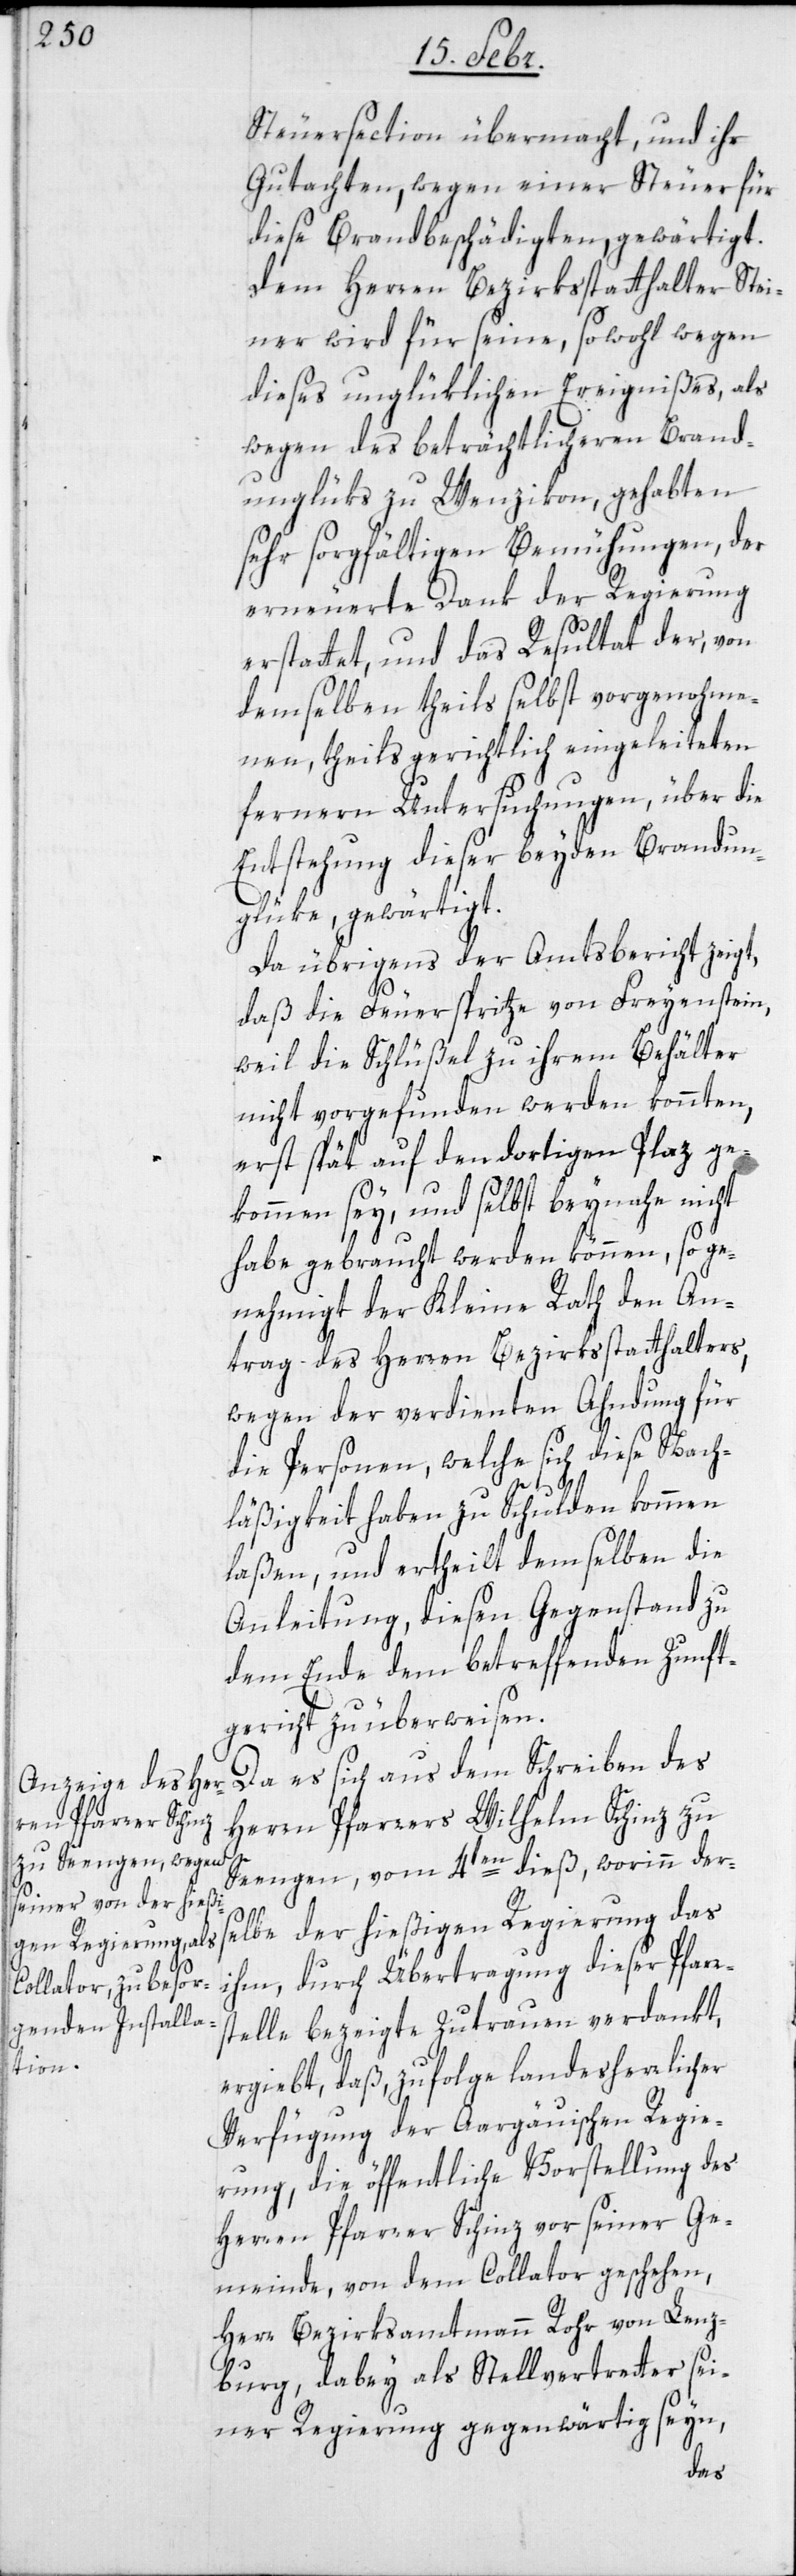
Steuersection übermacht, und ihr
Gutachten, wegen einer Steuer für
diese Brandbeschädigten, gewärtigt.
Dem Herren Bezirkstatthalter Stei¬
ner wird für seine, sowohl wegen
dieses unglüklichen Ereignißes, als
wegen des beträchtlicheren Brand¬
unglüks zu Wenzikon, gehabten
sehr sorgfältigen Bemühungen, der
erneuerte Dank der Regierung
erstattet, und das Resultat der, von
demselben theils selbst vorgenohme¬
nen, theils gerichtlich eingeleiteten
fernern Untersuchungen, über die
Entstehung dieser beyden Brandun¬
glüke, gewärtigt.
Da übrigens der Amtsbericht zeigt,
daß die Feuerspritze von Freyenstein,
weil die Schlüßel zu ihrem Behälter
nicht vorgefunden werden konnten,
erst spät auf den dortigen Plaz ge¬
kommen sey, und selbst beynahe nicht
habe gebraucht werden können, so ge¬
nehmigt der Kleine Rath den An¬
trag des Herren Bezirksstatthalters,
wegen der verdienten Ahndung für
die Personen, welche sich diese Nach¬
läßigkeit haben zu schulden kommen
laßen, und ertheilt demselben die
Anleitung, diesen Gegenstand zu
dem Ende dem betreffenden Zunft¬
gericht zu überweisen.
Da es sich aus dem Schreiben des
Herrn Pfarrers Wilhelm Schinz zu
Seengen, vom 4ten dieß, worinn der¬
selbe der hießigen Regierung das
ihm, durch Übertragung dieser Pfarr¬
stelle bezeigte Zutrauen verdankt,
ergiebt, daß, zufolge landesherrlicher
Verfügung der Aargäuischen Regie¬
rung, die öffentliche Vorstellung des
Herren Pfarrer Schinz vor seiner Ge¬
meinde, von dem Collator geschehen,
Herr Bezirksamtmann Rohr von Lenz¬
burg, dabey als Stellvertreter sei¬
ner Regierung gegenwärtig seyn,